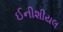
ઈનીશીયલ